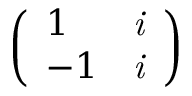
\left( \begin{array} { l l } { 1 } & { \it { i } } \\ { - 1 } & { \it { i } } \end{array} \right)